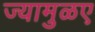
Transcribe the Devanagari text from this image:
ज्यामुळए